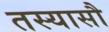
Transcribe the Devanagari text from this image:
तस्यासौ